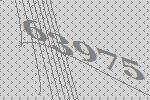
63975